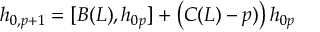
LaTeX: h _ { 0 , p + 1 } = [ B ( L ) , h _ { 0 p } ] + \left( C ( L ) - p ) \right) h _ { 0 p }